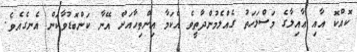
ކޮއްކޮ އާއި ޢާއިލާގެ މަސްލަހަތު ގެއްލެމުންދާތީވެ އެކަމާ އިންތިހާއަށް އޭނާ ކަންބޮޑުވާކަން އެނގެއެވެ.